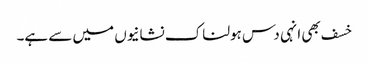
خسف بھی انہی دس ہولناک نشانیوں میں سے ہے۔